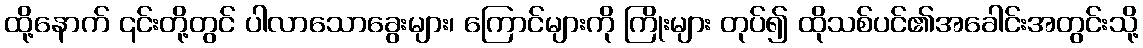
ထို့နောက် ၎င်းတို့တွင် ပါလာသောခွေးများ၊ ကြောင်များကို ကြိုးများ တုပ်၍ ထိုသစ်ပင်၏အခေါင်းအတွင်းသို့